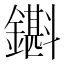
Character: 𨮊